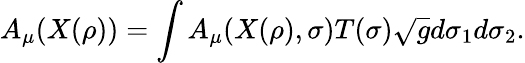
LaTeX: A_{\mu}(X(\rho))=\int A_{\mu}(X(\rho),\sigma)T(\sigma)\sqrt{g}d\sigma_{1}d\sigma_{2}.